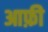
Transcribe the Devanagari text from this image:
आफ़ी